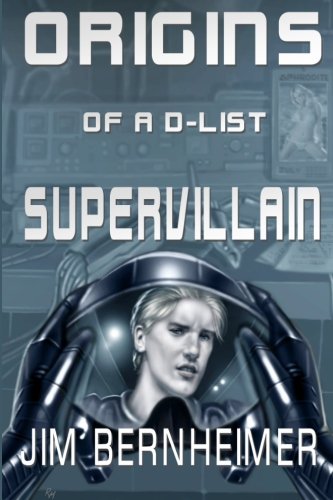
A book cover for Origins of a D-List Supervillain (Volume 2); Jim Bernheimer; Science Fiction & Fantasy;